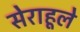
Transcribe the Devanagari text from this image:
सेराहूले